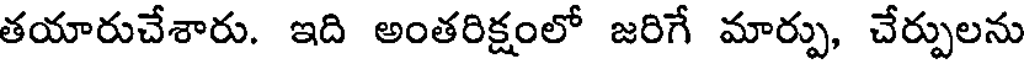
తయారుచేశారు. ఇది అంతరిక్షంలో జరిగే మార్పు, చేర్పులను